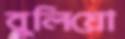
বুলিয়ো